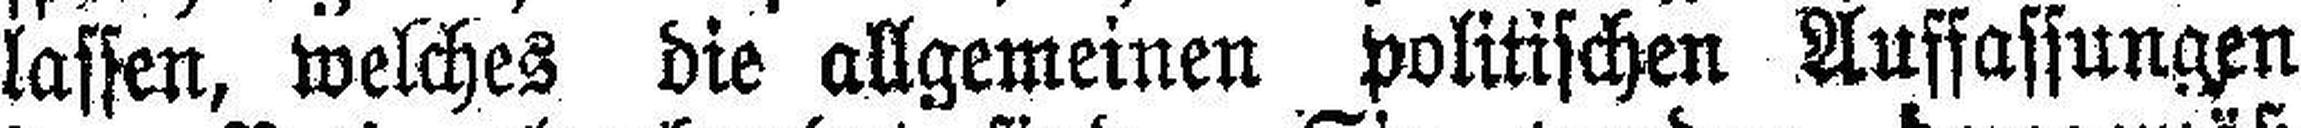
lassen, welches die allgemeinen politischen Auffassungen